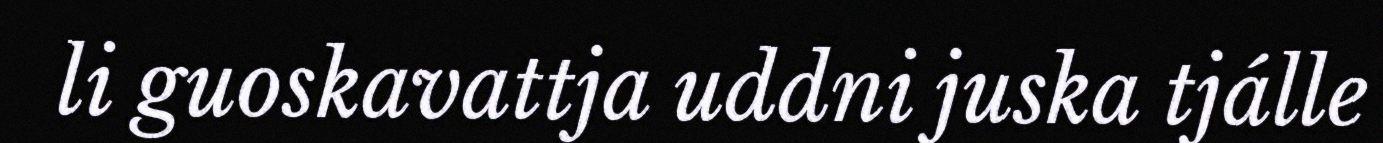
li guoskavattja uddni juska tjálle